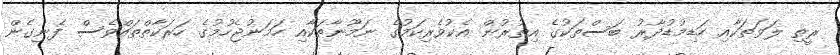
ރީތި ލަވަތަކާއި ހަޑިމުޑުދާރު ބަސްތަކުގެ އިތުރުން އެކުވެރިކަމުގެ ނަމޫނާތަކާއި ހަމަނުޖެހުމުގެ ހަރަކާތްތައްވެސް ފެނިގެން